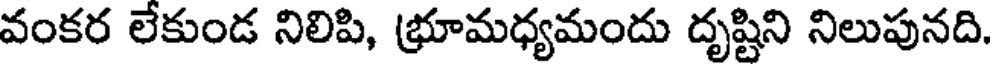
వంకర లేకుండ నిలిపి, భ్రూమధ్యమందు దృష్టిని నిలుపునది.